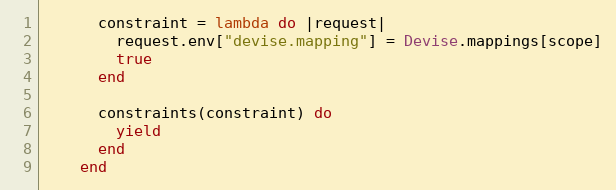
Language: Ruby
      constraint = lambda do |request|
        request.env["devise.mapping"] = Devise.mappings[scope]
        true
      end

      constraints(constraint) do
        yield
      end
    end